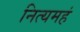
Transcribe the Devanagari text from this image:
नित्यमहं